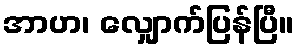
အာဟ၊ လျှောက်ပြန်ပြီ။